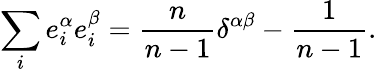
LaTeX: \sum_{i}e_{i}^{\alpha}e_{i}^{\beta}=\frac{n}{n-1}\delta^{\alpha\beta}-\frac{1}{n-1}.